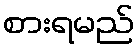
စားရမည်